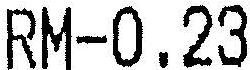
RM-0.23